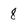
Character: 8